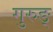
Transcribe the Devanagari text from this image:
गुरुङ्